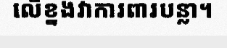
លើខ្នងវាការពារបន្លា។